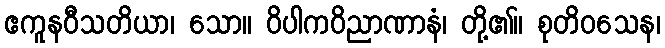
ဧကူနဝီသတိယာ၊ သော။ ဝိပါကဝိညာဏာနံ၊ တို့၏။ စုတိဝသေန၊